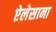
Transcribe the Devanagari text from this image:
ऐलेसाना